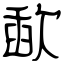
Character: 歃